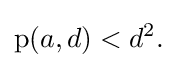
\operatorname {p} (a,d)<d^{2}.\;